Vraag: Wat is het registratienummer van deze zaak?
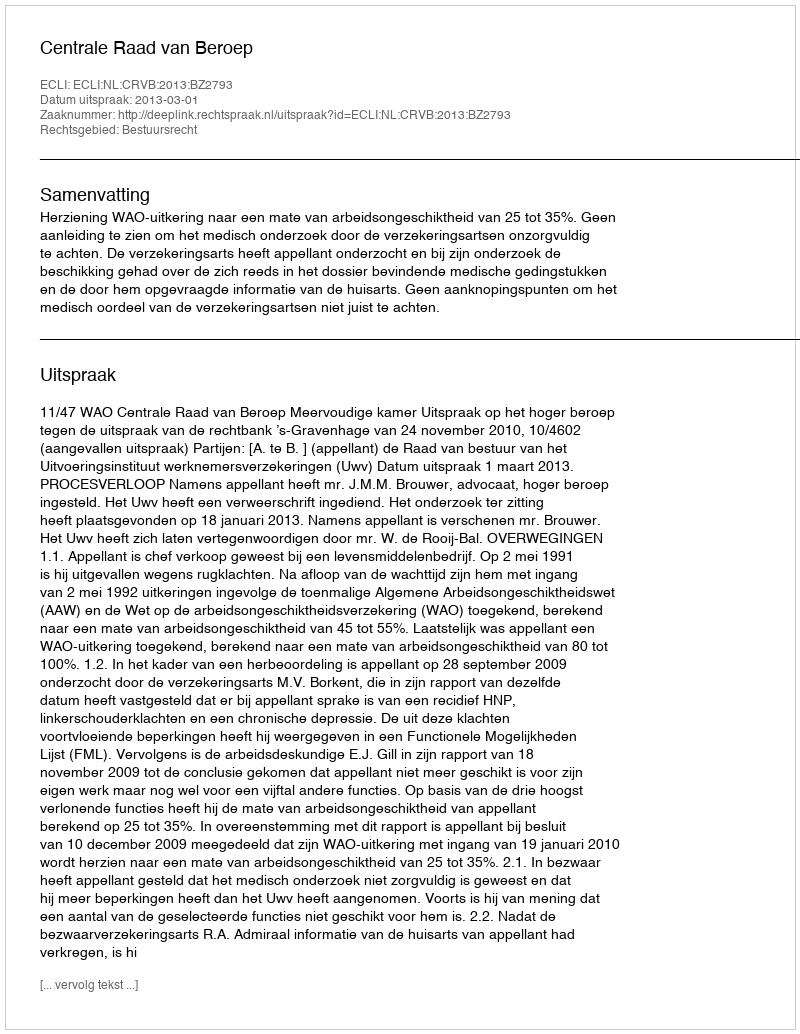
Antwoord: http://deeplink.rechtspraak.nl/uitspraak?id=ECLI:NL:CRVB:2013:BZ2793